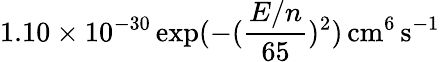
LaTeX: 1.10\times 10^{-30}\exp(-(\frac{E/n}{65})^{2})\, \mathrm{cm^{6}\, s^{-1}}